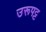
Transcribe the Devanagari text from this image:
उरूपट्ट